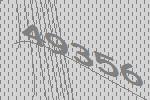
49356